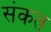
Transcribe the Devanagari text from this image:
संकत